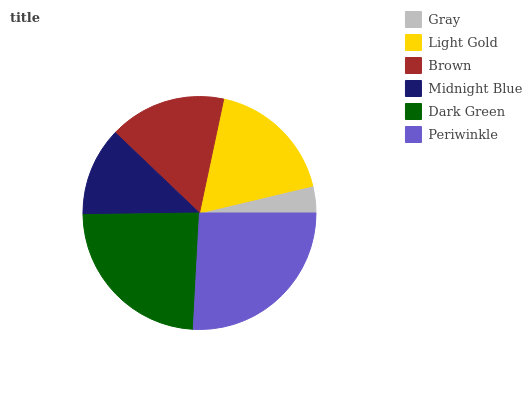
| Gray | Light Gold | Brown | Midnight Blue | Dark Green | Periwinkle |
 | --- | --- | --- | --- | --- | --- |
 | 3.73% | 18% | 16.2% | 12.4% | 23.9% | 25.8% |